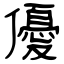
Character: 優